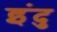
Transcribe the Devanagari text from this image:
इंदु